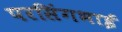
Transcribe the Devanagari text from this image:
परसिंगभाई